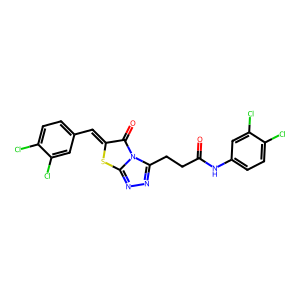
SMILES: O=C(CCc1nnc2sc(=Cc3ccc(Cl)c(Cl)c3)c(=O)n12)Nc1ccc(Cl)c(Cl)c1
Inhibits HIV replication: No